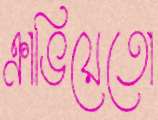
ক্রাভিয়েতো